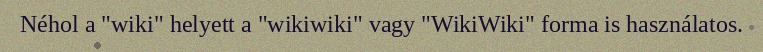
Néhol a "wiki" helyett a "wikiwiki" vagy "WikiWiki" forma is használatos.